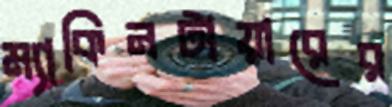
ম্যাকিনটায়ারের